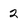
Character: 2